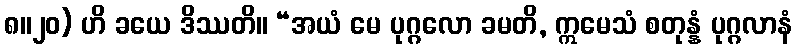
၈။၂၀) ဟိ ခယေ ဒိဿတိ။ “အယံ မေ ပုဂ္ဂလော ခမတိ, ဣမေသံ စတုန္နံ ပုဂ္ဂလာနံ